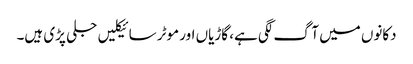
دکانوں میں آگ لگی ہے، گاڑیاں اور موٹر سائیکلیں جلی پڑی ہیں۔